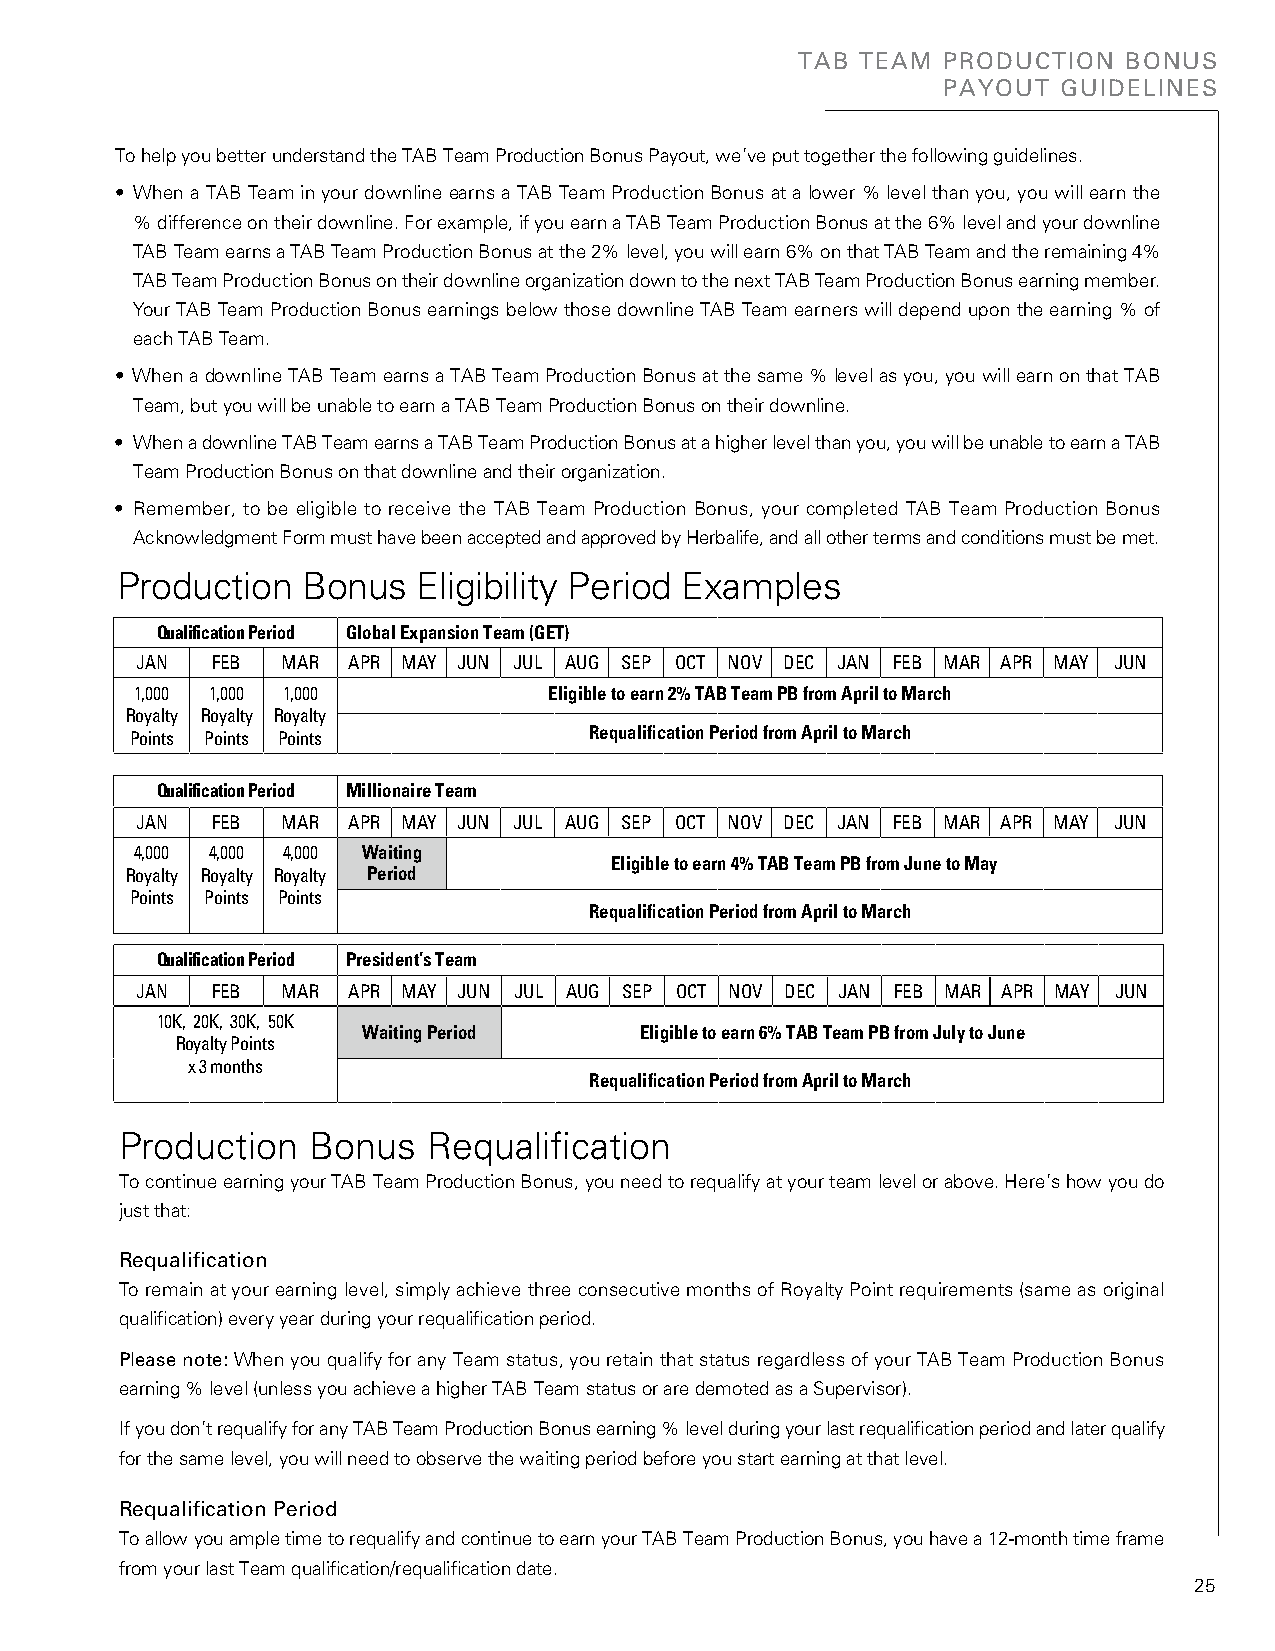
TAB TEAM PRODUCTION   BONUS
 PAYOUT  GUIDELINES
 To help you better understand the TAB Team Production Bonus Payout, we’ve put together the following guidelines.
 • When a TAB Team in your downline earns a TAB Team Production Bonus at a lower % level than you, you will earn the
 % difference on their downline. For example, if you earn a TAB Team Production Bonus at the 6% level and your downline
 TAB Team earns a TAB Team Production Bonus at the 2% level, you will earn 6% on that TAB Team and the remaining 4%
 TAB Team Production Bonus on their downline organization down to the next TAB Team Production Bonus earning member.
 Your TAB Team Production Bonus earnings below those downline TAB Team earners will depend upon the earning % of
 each TAB Team.
 • When a downline TAB Team earns a TAB Team Production Bonus at the same % level as you, you will earn on that TAB
 Team, but you will be unable to earn a TAB Team Production Bonus on their downline.
 • When a downline TAB Team earns a TAB Team Production Bonus at a higher level than you, you will be unable to earn a TAB
 Team Production Bonus on that downline and their organization.
 • Remember, to be eligible to receive the TAB Team Production Bonus, your completed TAB Team Production Bonus
 Acknowledgment Form must have been accepted and approved by Herbalife, and all other terms and conditions must be met.
 Production  Bonus   Eligibility Period Examples
 Qualification Period Global Expansion Team (GET)
 JAN  FEB  MAR APR MAY JUN JUL AUG SEP OCT NOV DEC JAN FEB MAR APR MAY JUN
 1,000 1,000 1,000          Eligible to earn 2% TAB Team PB from April to March
 Royalty Royalty Royalty
 Points Points Points          Requalification Period from April to March
 Qualification Period Millionaire Team
 JAN  FEB  MAR APR MAY JUN JUL AUG SEP OCT NOV DEC JAN FEB MAR APR MAY JUN
 4,000 4,000 4,000 Waiting
 Eligible to earn 4% TAB Team PB from June to May
 Royalty Royalty Royalty Period
 Points Points Points
 Requalification Period from April to March
 Qualification Period President’s Team
 JAN  FEB  MAR APR MAY JUN JUL AUG SEP OCT NOV DEC JAN FEB MAR APR MAY JUN
 10K, 20K, 30K, 50K
 Waiting Period    Eligible to earn 6% TAB Team PB from July to June
 Royalty Points
 x 3 months
 Requalification Period from April to March
 Production  Bonus   Requalification
 To continue earning your TAB Team Production Bonus, you need to requalify at your team level or above. Here’s how you do
 just that:
 Requalification
 To remain at your earning level, simply achieve three consecutive months of Royalty Point requirements (same as original
 qualification) every year during your requalification period.
 Please note: When you qualify for any Team status, you retain that status regardless of your TAB Team Production Bonus
 earning % level (unless you achieve a higher TAB Team status or are demoted as a Supervisor).
 If you don’t requalify for any TAB Team Production Bonus earning % level during your last requalification period and later qualify
 for the same level, you will need to observe the waiting period before you start earning at that level.
 Requalification Period
 To allow you ample time to requalify and continue to earn your TAB Team Production Bonus, you have a 12-month time frame
 from your last Team qualification/requalification date.
 25